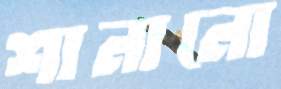
শানানো